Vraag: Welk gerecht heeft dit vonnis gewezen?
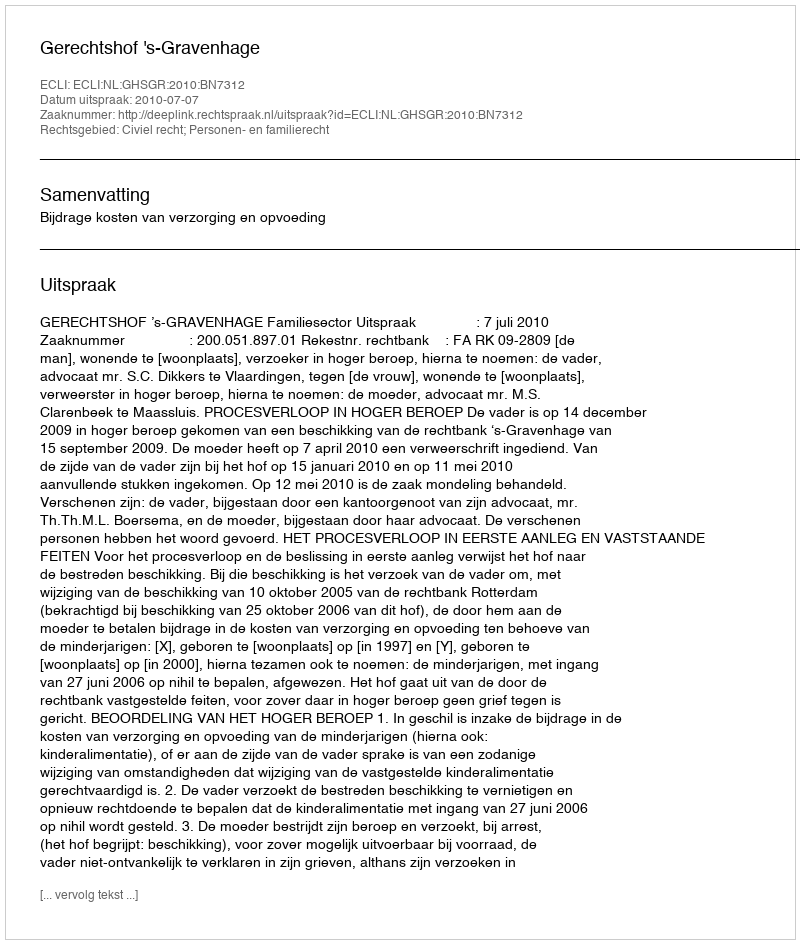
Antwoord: Gerechtshof 's-Gravenhage